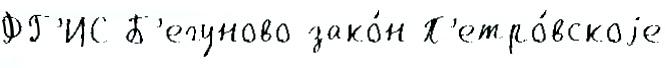
ФГ'ИС Б'егуново зако́н П'етро́вскоjе